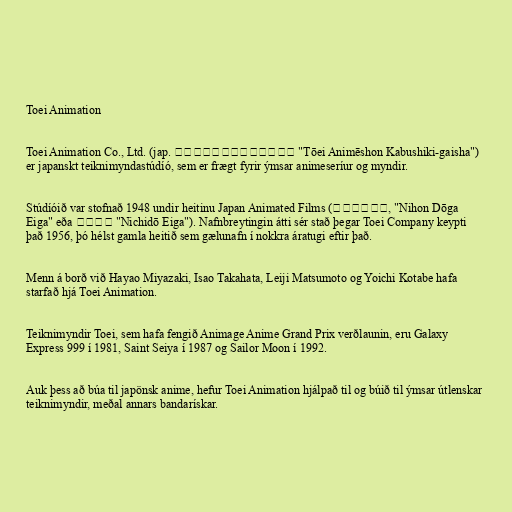
Toei Animation

Toei Animation Co., Ltd. (jap. 東映アニメーション株式会社 "Tōei Animēshon Kabushiki-gaisha")
er japanskt teiknimyndastúdíó, sem er frægt fyrir ýmsar animeseríur og myndir.

Stúdíóið var stofnað 1948 undir heitinu Japan Animated Films (日本動画映画, "Nihon Dōga
Eiga" eða 日動映画 "Nichidō Eiga"). Nafnbreytingin átti sér stað þegar Toei Company keypti
það 1956, þó hélst gamla heitið sem gælunafn í nokkra áratugi eftir það.

Menn á borð við Hayao Miyazaki, Isao Takahata, Leiji Matsumoto og Yoichi Kotabe hafa
starfað hjá Toei Animation.

Teiknimyndir Toei, sem hafa fengið Animage Anime Grand Prix verðlaunin, eru Galaxy
Express 999 í 1981, Saint Seiya í 1987 og Sailor Moon í 1992.

Auk þess að búa til japönsk anime, hefur Toei Animation hjálpað til og búið til ýmsar útlenskar
teiknimyndir, meðal annars bandarískar.